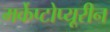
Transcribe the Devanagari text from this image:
मर्केप्टोप्यूरीन